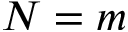
N = m